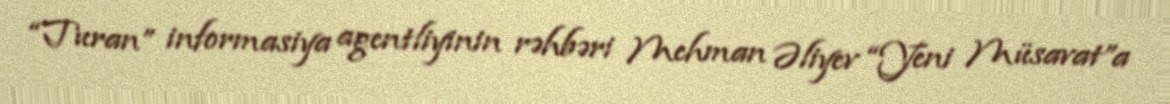
“Turan” informasiya agentliyinin rəhbəri Mehman Əliyev “Yeni Müsavat”a